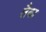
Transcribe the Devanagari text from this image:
लैका